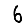
Digit: 6